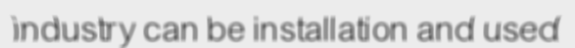
industry can be installation and used